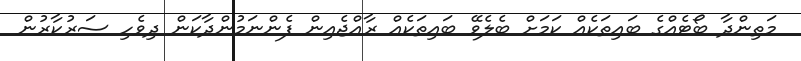
މަތިންދާ ބޯޓެއްގެ ބައިތަކެއް ކަމަށް ބެލެވޭ ބައިތަކެއް ރާއްޖެއިން ފެންނަމުންދާކަން ދިވެހި ސަރުކާރުން